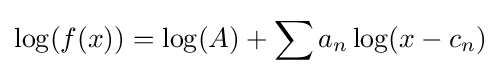
\log(f(x))=\log(A)+\sum a_{n}\log(x-c_{n})